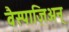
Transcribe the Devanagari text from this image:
वैस्पाज़िअन्